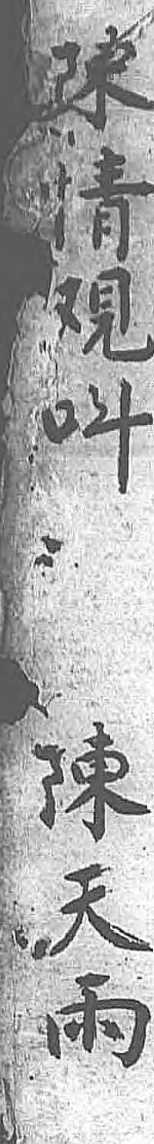
陳陳情天覌雨呌